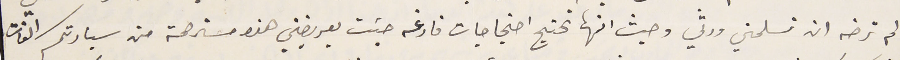
لم ترضه ان تسلمني ورثي وحيث انها تحتج احتجاجات فارغه جئت بعريضتي هذه مسترحمة من سيادتكم الفات